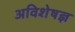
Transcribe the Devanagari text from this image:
अविशेषज्ञ